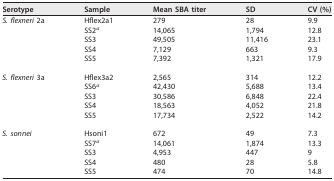
<table><thead><tr><td><b>Serotype</b></td><td><b>Sample</b></td><td><b>Mean SBA titer</b></td><td><b>SD</b></td><td><b>CV (%)</b></td></tr></thead><tbody><tr><td rowspan="5">S. flexneri 2a</td><td>Hflex2a1</td><td>279</td><td>28</td><td>9.9</td></tr><tr><td>SS2<sup>a</sup></td><td>14,065</td><td>1,794</td><td>12.8</td></tr><tr><td>SS3</td><td>49,505</td><td>11,416</td><td>23.1</td></tr><tr><td>SS4</td><td>7,129</td><td>663</td><td>9.3</td></tr><tr><td>SS5</td><td>7,392</td><td>1,321</td><td>17.9</td></tr><tr><td rowspan="5">S. flexneri 3a</td><td>Hflex3a2</td><td>2,565</td><td>314</td><td>12.2</td></tr><tr><td>SS6<sup>a</sup></td><td>42,430</td><td>5,688</td><td>13.4</td></tr><tr><td>SS3</td><td>30,586</td><td>6,848</td><td>22.4</td></tr><tr><td>SS4</td><td>18,563</td><td>4,052</td><td>21.8</td></tr><tr><td>SS5</td><td>17,734</td><td>2,522</td><td>14.2</td></tr><tr><td rowspan="5">S. sonnei</td><td>Hsoni1</td><td>672</td><td>49</td><td>7.3</td></tr><tr><td>SS7<sup>a</sup></td><td>14,061</td><td>1,874</td><td>13.3</td></tr><tr><td>SS3</td><td>4,953</td><td>447</td><td>9</td></tr><tr><td>SS4</td><td>480</td><td>28</td><td>5.8</td></tr><tr><td>SS5</td><td>474</td><td>70</td><td>14.8</td></tr></tbody></table>